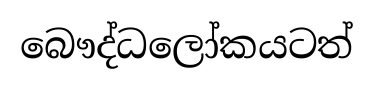
බෞද්ධලෝකයටත්